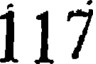
117